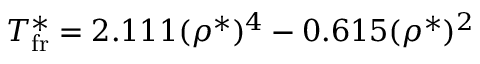
T _ { \mathrm { f r } } ^ { * } = 2 . 1 1 1 ( \rho ^ { * } ) ^ { 4 } - 0 . 6 1 5 ( \rho ^ { * } ) ^ { 2 }